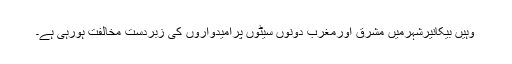
وہیں بیکانیرشہرمیں مشرق اورمغرب دونوں سیٹوں پرامیدواروں کی زبردست مخالفت ہورہی ہے۔